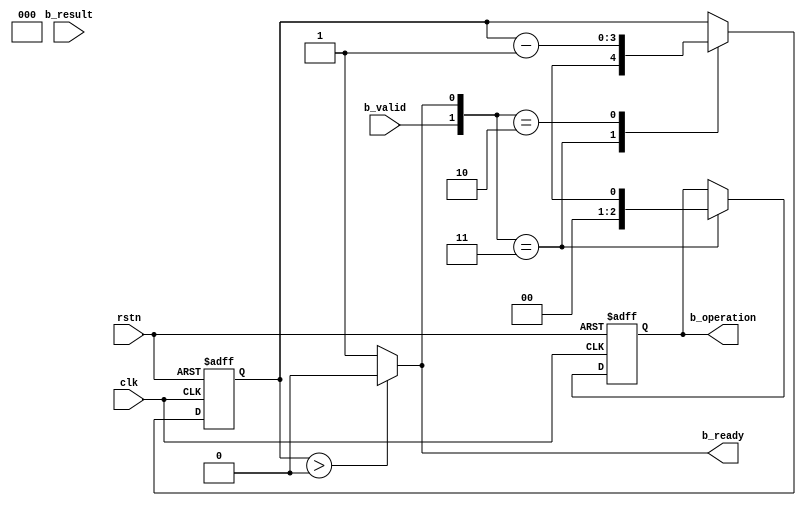
module verif_comp_b (
  input             clk,
  input             rstn,
  input             b_valid,
  input      [31:0] b_result,
  output            b_ready,
  output reg [ 2:0] b_operation
);

  localparam [1:0] IDLE_NR = 0;
  localparam [1:0] IDLE_R  = 1;
  localparam [1:0] REQ     = 2;
  localparam [1:0] HS      = 3;

  localparam [2:0] OP_ADD2 = 0;
  localparam [2:0] OP_SUB2 = 1;
  localparam [2:0] OP_OR2  = 2;
  localparam [2:0] OP_AND2 = 3;
  localparam [2:0] OP_OR   = 4;
  localparam [2:0] OP_AND  = 5;
  localparam [2:0] OP_SUM  = 6;
  localparam [2:0] OP_AVG  = 7;

  wire [1:0] state;
  assign state = {b_valid, b_ready};

  reg[3:0] wait_time;
  always @(posedge clk or negedge rstn) begin
    if (! rstn) begin
      wait_time <= 1;
    end else begin
      case (state)
        HS : begin
          wait_time <= $random;
        end
        REQ : begin
          wait_time <= wait_time - 1;
        end
        default : begin // including IDLE_NR, IDLE_R
        end
      endcase
    end
  end

  assign b_ready = wait_time > 0 ? 1'b0 : 1'b1;

  always @(posedge clk or negedge rstn) begin
    if (! rstn) begin
      b_operation <= OP_OR;
    end else begin
      if (state == HS) begin
        b_operation <= $random;
      end
    end
  end

endmodule